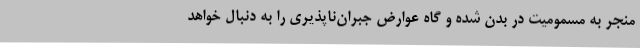
منجر به مسمومیت در بدن شده و گاه عوارض جبران‌ناپذیری را به دنبال خواهد